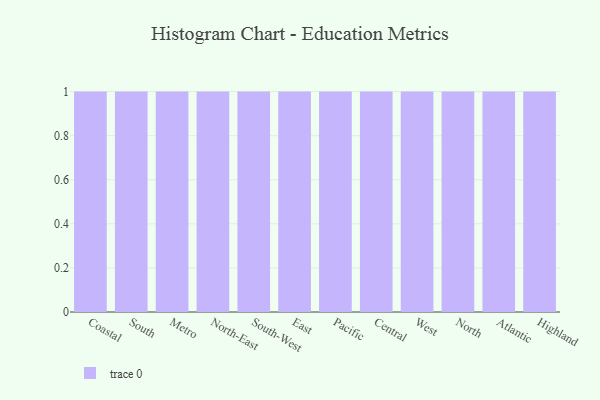
{"axis": {"x": "Region", "y": "Temperature (°C)"}, "legend": [""], "data": [{"x": "Coastal", "y": 25, "type": ""}, {"x": "South", "y": 78, "type": ""}, {"x": "Metro", "y": 64, "type": ""}, {"x": "North-East", "y": 48, "type": ""}, {"x": "South-West", "y": 50, "type": ""}, {"x": "East", "y": 73, "type": ""}, {"x": "Pacific", "y": 97, "type": ""}, {"x": "Central", "y": 50, "type": ""}, {"x": "West", "y": 33, "type": ""}, {"x": "North", "y": 87, "type": ""}, {"x": "Atlantic", "y": 79, "type": ""}, {"x": "Highland", "y": 39, "type": ""}]}